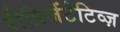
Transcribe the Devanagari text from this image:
रीप्रिजेंटेटिव्ज़